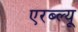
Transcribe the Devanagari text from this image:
एरब्ल्यू